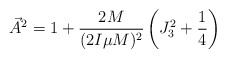
\begin{align*}\vec{A}^2 = 1+\frac{2M}{(2I\mu M)^2} \left(J_3^2+\frac{1}{4}\right)\end{align*}